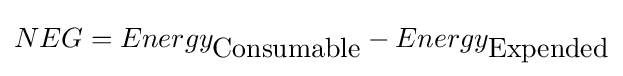
NEG=Energy_{\hbox{Consumable}}-Energy_{\hbox{Expended}}